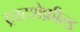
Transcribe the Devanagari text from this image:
ट्रस्टशेफ़ील्ड